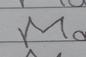
Signature authenticity: forged